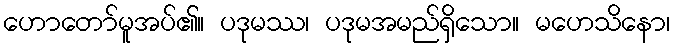
ဟောတော်မူအပ်၏။ ပဒုမဿ၊ ပဒုမအမည်ရှိသော။ မဟေသိနော၊